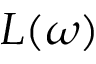
L ( \omega )